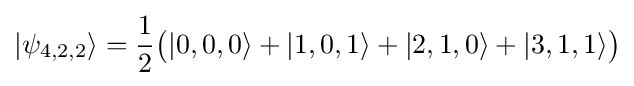
|\psi _{4,2,2}\rangle ={\frac {1}{2}}{\big (}|0,0,0\rangle +|1,0,1\rangle +|2,1,0\rangle +|3,1,1\rangle {\big )}